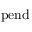
\mathrm { p e n d }